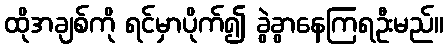
ထိုအချစ်ကို ရင်မှာပိုက်၍ ခွဲခွာနေကြရဦးမည်။